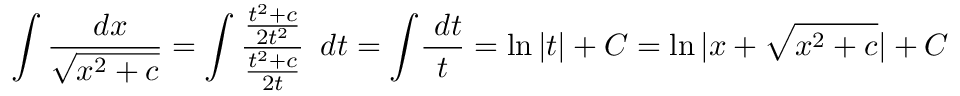
\int { \frac { \ d x } { \sqrt { x ^ { 2 } + c } } } = \int { \frac { \frac { t ^ { 2 } + c } { 2 t ^ { 2 } } } { \frac { t ^ { 2 } + c } { 2 t } } } \, \ d t = \int \! { \frac { \ d t } { t } } = \ln | t | + C = \ln | x + { \sqrt { x ^ { 2 } + c } } | + C